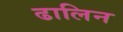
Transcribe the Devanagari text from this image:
ढालिन